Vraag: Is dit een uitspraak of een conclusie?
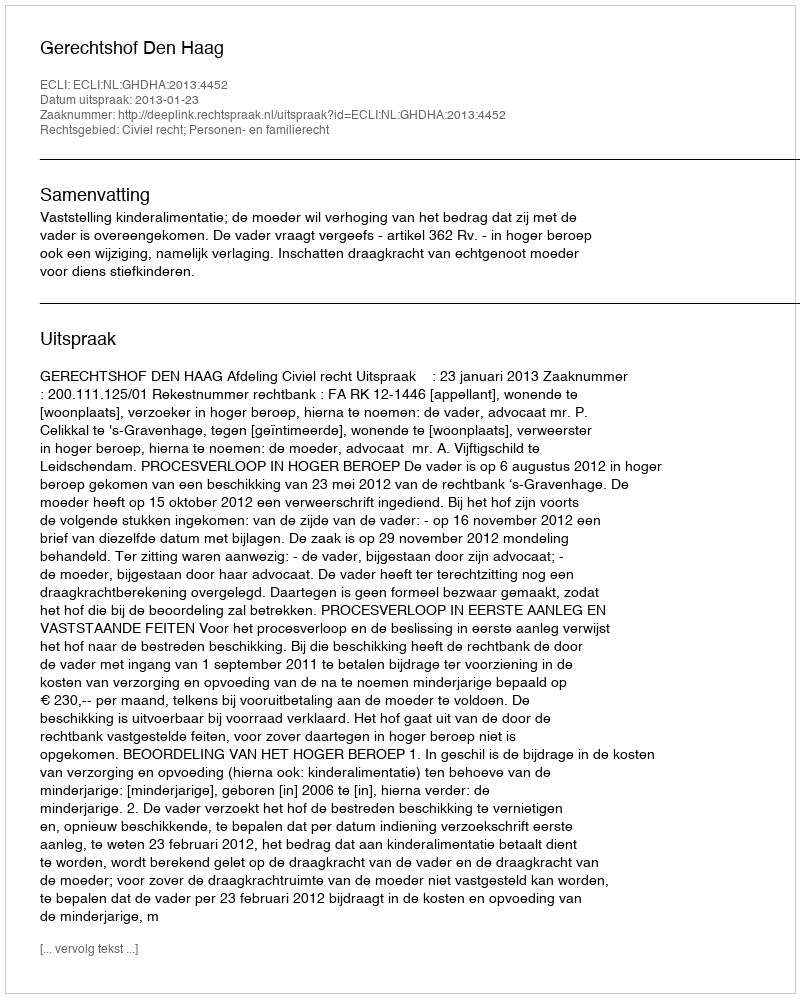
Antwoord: Uitspraak